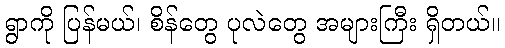
ရွာကို ပြန်မယ်၊ စိန်တွေ ပုလဲတွေ အများကြီး ရှိတယ်။